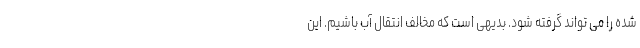
شده را می تواند گرفته شود. بدیهی است که مخالف انتقال آب باشیم. این